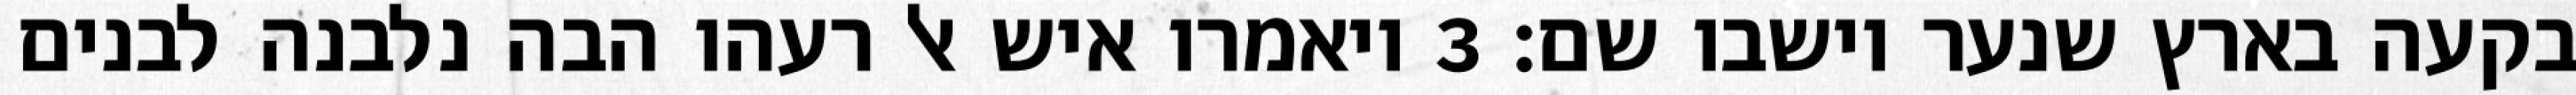
בקעה בארץ שנער וישבו שם׃ ‎3‏ ויאמרו איש אל רעהו הבה נלבנה לבנים